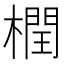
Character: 橍